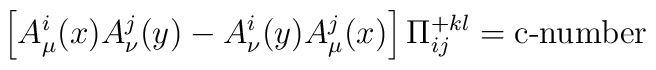
\left[ A_\mu^i(x) A_\nu^j(y) - A_\nu ^i(y) A_\mu ^j(x)\right] \Pi _{ij}^{+ kl} = \mbox{c-number}